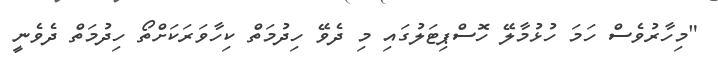
"މިހާރުވެސް ހަމަ ހުޅުމާލޭ ހޮސްޕިޓަލުގައި މި ދެވޭ ހިދުމަތް ކިހާވަރަކަށްތޯ ހިދުމަތް ދެވެނީ